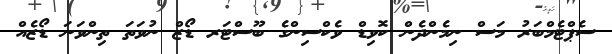
ސެޕްޓެމްބަރު މަސް ނިމެންދެން ކޮވިޑް ވެކްސިންގެ ބޫސްޓަރ ޑޯޒް ނުވަތަ ތިންވަނަ ޑޯޒެއް